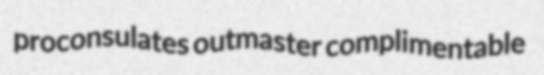
proconsulates outmaster complimentable